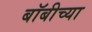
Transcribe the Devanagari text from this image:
बॉबीच्या